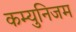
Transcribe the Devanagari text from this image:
कम्युनिजम